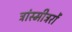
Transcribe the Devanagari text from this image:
ट्रांस्मीट्ररों